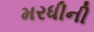
મરધીની